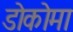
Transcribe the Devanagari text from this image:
डोकोमा